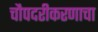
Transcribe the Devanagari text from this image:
चौपदरीकरणाचा